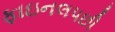
ફાઇનલપછી